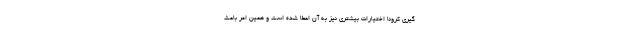
گیری کرونا اختیارات بیشتری نیز به آن اعطا شده است و همین امر باعث